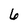
Character: 6